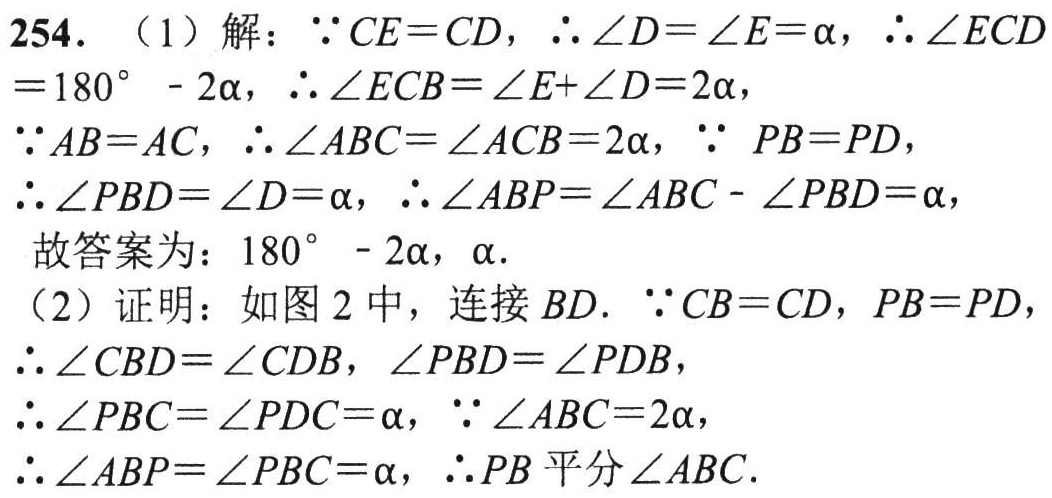
254. （1）解：

因为 \(CE = CD\)，所以 \(\angle D=\angle E = \alpha\)，所以 \(\angle ECD=180^{\circ}-2\alpha\)，所以 \(\angle ECB=\angle E+\angle D = 2\alpha\)，

因为 \(AB = AC\)，所以 \(\angle ABC=\angle ACB = 2\alpha\)，因为 \(PB = PD\)，

所以 \(\angle PBD=\angle D=\alpha\)，所以 \(\angle ABP=\angle ABC - \angle PBD=\alpha\)，

故答案为：\(180^{\circ}-2\alpha\)，\(\alpha\).

（2）证明：如图2中，连接 \(BD\). 因为 \(CB = CD\)，\(PB = PD\)，

所以 \(\angle CBD=\angle CDB\)，\(\angle PBD=\angle PDB\)，

所以 \(\angle PBC=\angle PDC=\alpha\)，因为 \(\angle ABC = 2\alpha\)，

所以 \(\angle ABP=\angle PBC=\alpha\)，所以 \(PB\) 平分 \(\angle ABC\).